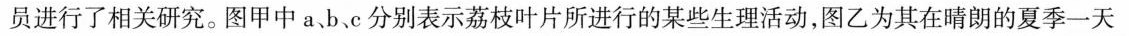
员进行了相关研究。图甲中a b、c分别表示荔枝叶片所进行的某些生理活动，图乙为其在晴朗的夏季一天